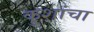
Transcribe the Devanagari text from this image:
कुशांचा